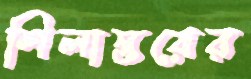
শিলাস্তরের